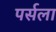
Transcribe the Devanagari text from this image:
पर्सला